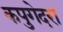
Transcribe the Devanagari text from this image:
कपुगेदरा